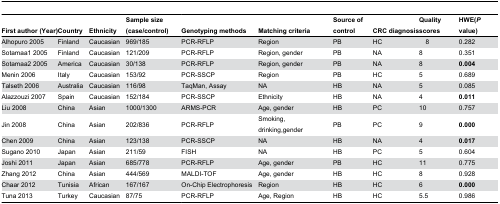
<table><thead><tr><td><b>First author (Year)</b></td><td><b>Country</b></td><td><b>Ethnicity</b></td><td><b>Sample size (case/control)</b></td><td><b>Genotyping methods</b></td><td><b>Matching criteria</b></td><td><b>Source of control</b></td><td><b>CRC diagnosis</b></td><td><b>Quality scores</b></td><td><b>HWE(<i>P</i> value)</b></td></tr></thead><tbody><tr><td>Alhopuro 2005</td><td>Finland</td><td>Caucasian</td><td>969/185</td><td>PCR-RFLP</td><td>Region</td><td>PB</td><td>HC</td><td> 8</td><td>0.282</td></tr><tr><td>Sotamaa1 2005</td><td>Finland</td><td>Caucasian</td><td>121/209</td><td>PCR-RFLP</td><td>Region, gender</td><td>PB</td><td>NA</td><td>8</td><td>0.351</td></tr><tr><td>Sotamaa2 2005</td><td>America</td><td>Caucasian</td><td>30/138</td><td>PCR-RFLP</td><td>Region, gender</td><td>PB</td><td>NA</td><td>8</td><td><b>0.004</b></td></tr><tr><td>Menin 2006</td><td>Italy</td><td>Caucasian</td><td>153/92</td><td>PCR-SSCP</td><td>Region</td><td>PB</td><td>HC</td><td>5</td><td>0.689</td></tr><tr><td>Talseth 2006</td><td>Australia</td><td>Caucasian</td><td>116/98</td><td>TaqMan, Assay</td><td>NA</td><td>HB</td><td>NA</td><td>5</td><td>0.085</td></tr><tr><td>Alazzouzi 2007</td><td>Spain</td><td>Caucasian</td><td>152/184</td><td>PCR-SSCP</td><td>Ethnicity</td><td>HB</td><td>NA</td><td>4</td><td><b>0.011</b></td></tr><tr><td>Liu 2008</td><td>China</td><td>Asian</td><td>1000/1300</td><td>ARMS-PCR</td><td>Age, gender</td><td>HB</td><td>PC</td><td>10</td><td>0.757</td></tr><tr><td>Jin 2008</td><td>China</td><td>Asian</td><td>202/836</td><td>PCR-RFLP</td><td>Smoking, drinking,gender</td><td>PB</td><td>PC</td><td>9</td><td><b>0.000</b></td></tr><tr><td>Chen 2009</td><td>China</td><td>Asian</td><td>123/138</td><td>PCR-SSCP</td><td>NA</td><td>HB</td><td>NA</td><td>4</td><td><b>0.017</b></td></tr><tr><td>Sugano 2010</td><td>Japan</td><td>Asian</td><td>211/59</td><td>FISH</td><td>NA</td><td>HB</td><td>PC</td><td>5</td><td>0.604</td></tr><tr><td>Joshi 2011</td><td>Japan</td><td>Asian</td><td>685/778</td><td>PCR-RFLP</td><td>Age, gender</td><td>PB</td><td>HC</td><td>11</td><td>0.775</td></tr><tr><td>Zhang 2012</td><td>China</td><td>Asian</td><td>444/569</td><td>MALDI-TOF</td><td>Age, gender</td><td>HB</td><td>HC</td><td>8</td><td>0.928</td></tr><tr><td>Chaar 2012</td><td>Tunisia</td><td>African</td><td>167/167</td><td>On-Chip Electrophoresis</td><td>Region</td><td>HB</td><td>HC</td><td>6</td><td><b>0.000</b></td></tr><tr><td>Tuna 2013</td><td>Turkey</td><td>Caucasian</td><td>87/75</td><td>PCR-RFLP</td><td>Age, Region</td><td>HB</td><td>HC</td><td>5.5</td><td>0.986</td></tr></tbody></table>